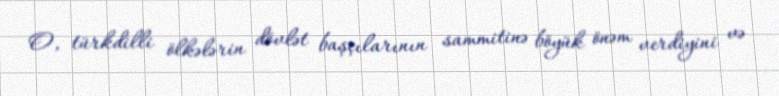
O, türkdilli ölkələrin dövlət başçılarının sammitinə böyük önəm verdiyini və